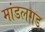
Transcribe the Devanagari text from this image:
मांडलगड